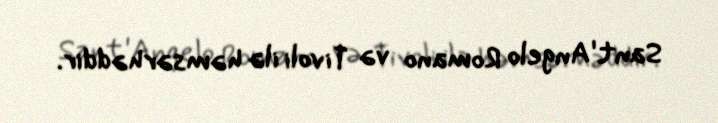
Sant'Angelo Romano və Tivoli ilə həmsərhəddir.